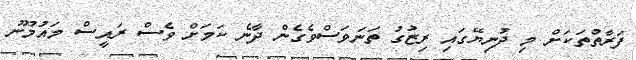
ފަރާތްތަކަށް މި ދުނިޔޭގައި ރިޒުގު ތަނަވަސްވެގެން ދާނެ ކަމަށް ވެސް ރައީސް މައުމޫނު